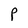
Character: P